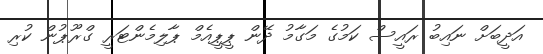
އަދީބަށް ނައިބު ރައީސް ކަމުގެ މަގާމު ދޭން ޕީޕީއެމް ޕާލިމެންޓަރީ ގްރޫޕުން ކުރި